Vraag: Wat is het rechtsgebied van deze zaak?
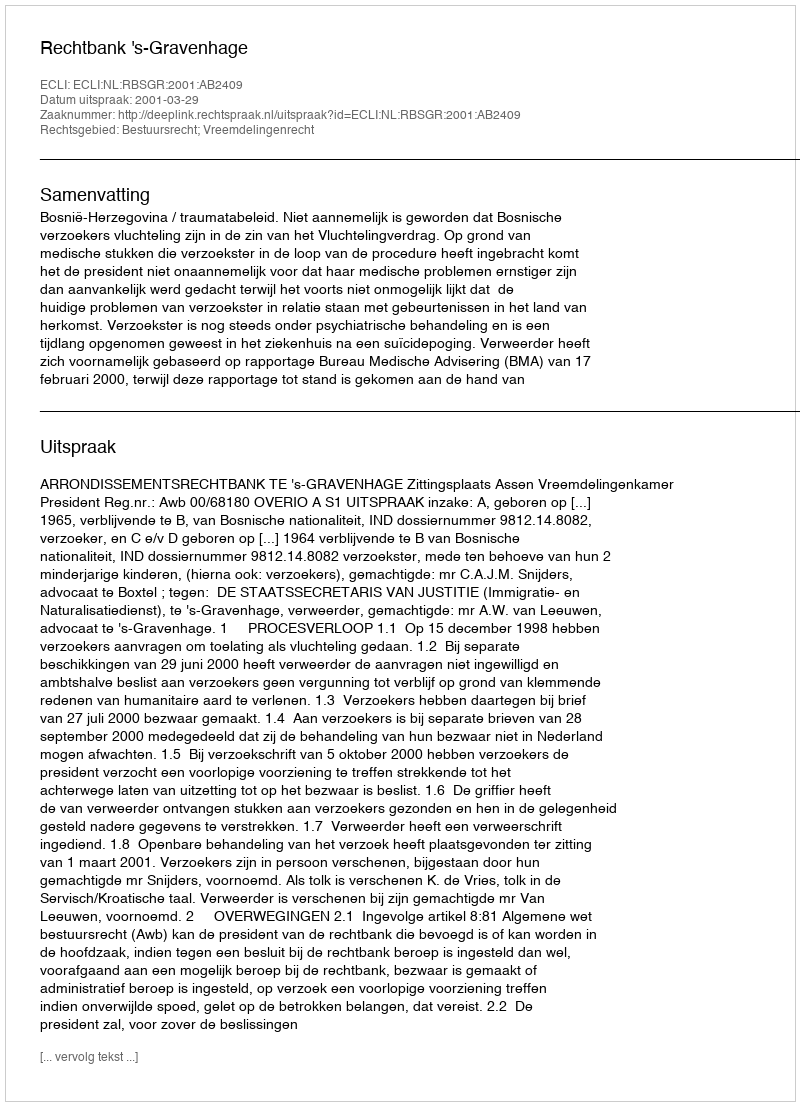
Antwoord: Bestuursrecht; Vreemdelingenrecht